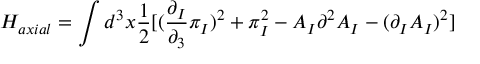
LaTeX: H _ { a x i a l } = \int d ^ { 3 } x \frac { 1 } { 2 } [ ( \frac { \partial _ { I } } { \partial _ { 3 } } \pi _ { I } ) ^ { 2 } + \pi _ { I } ^ { 2 } - A _ { I } \partial ^ { 2 } A _ { I } - ( \partial _ { I } A _ { I } ) ^ { 2 } ]